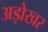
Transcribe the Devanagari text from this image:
अड़ोखर